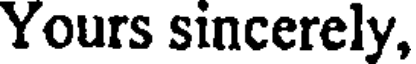
Yours sincerely,